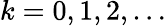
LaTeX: k=0,1,2,\ldots